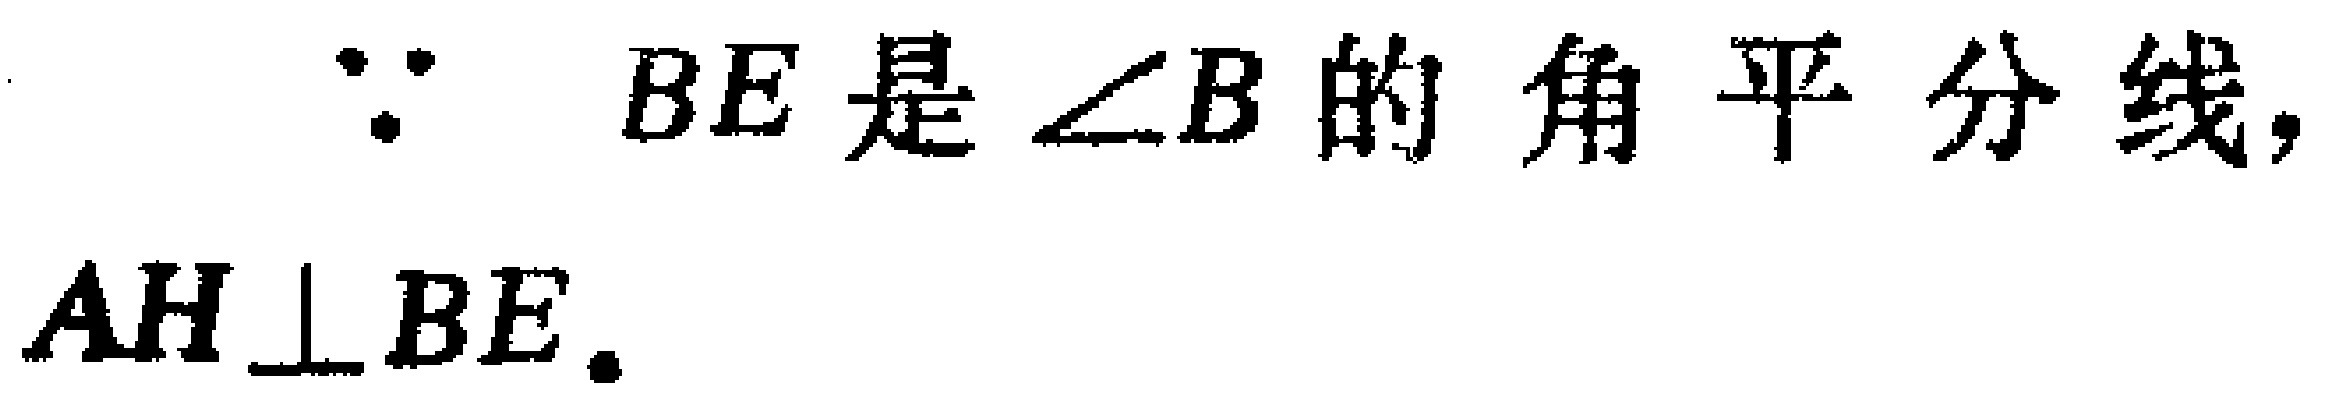
$\because BE\text{是}\angle B\text{的角平分线,}$

$AH\perp BE.$